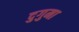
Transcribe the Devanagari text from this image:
दुगुमा